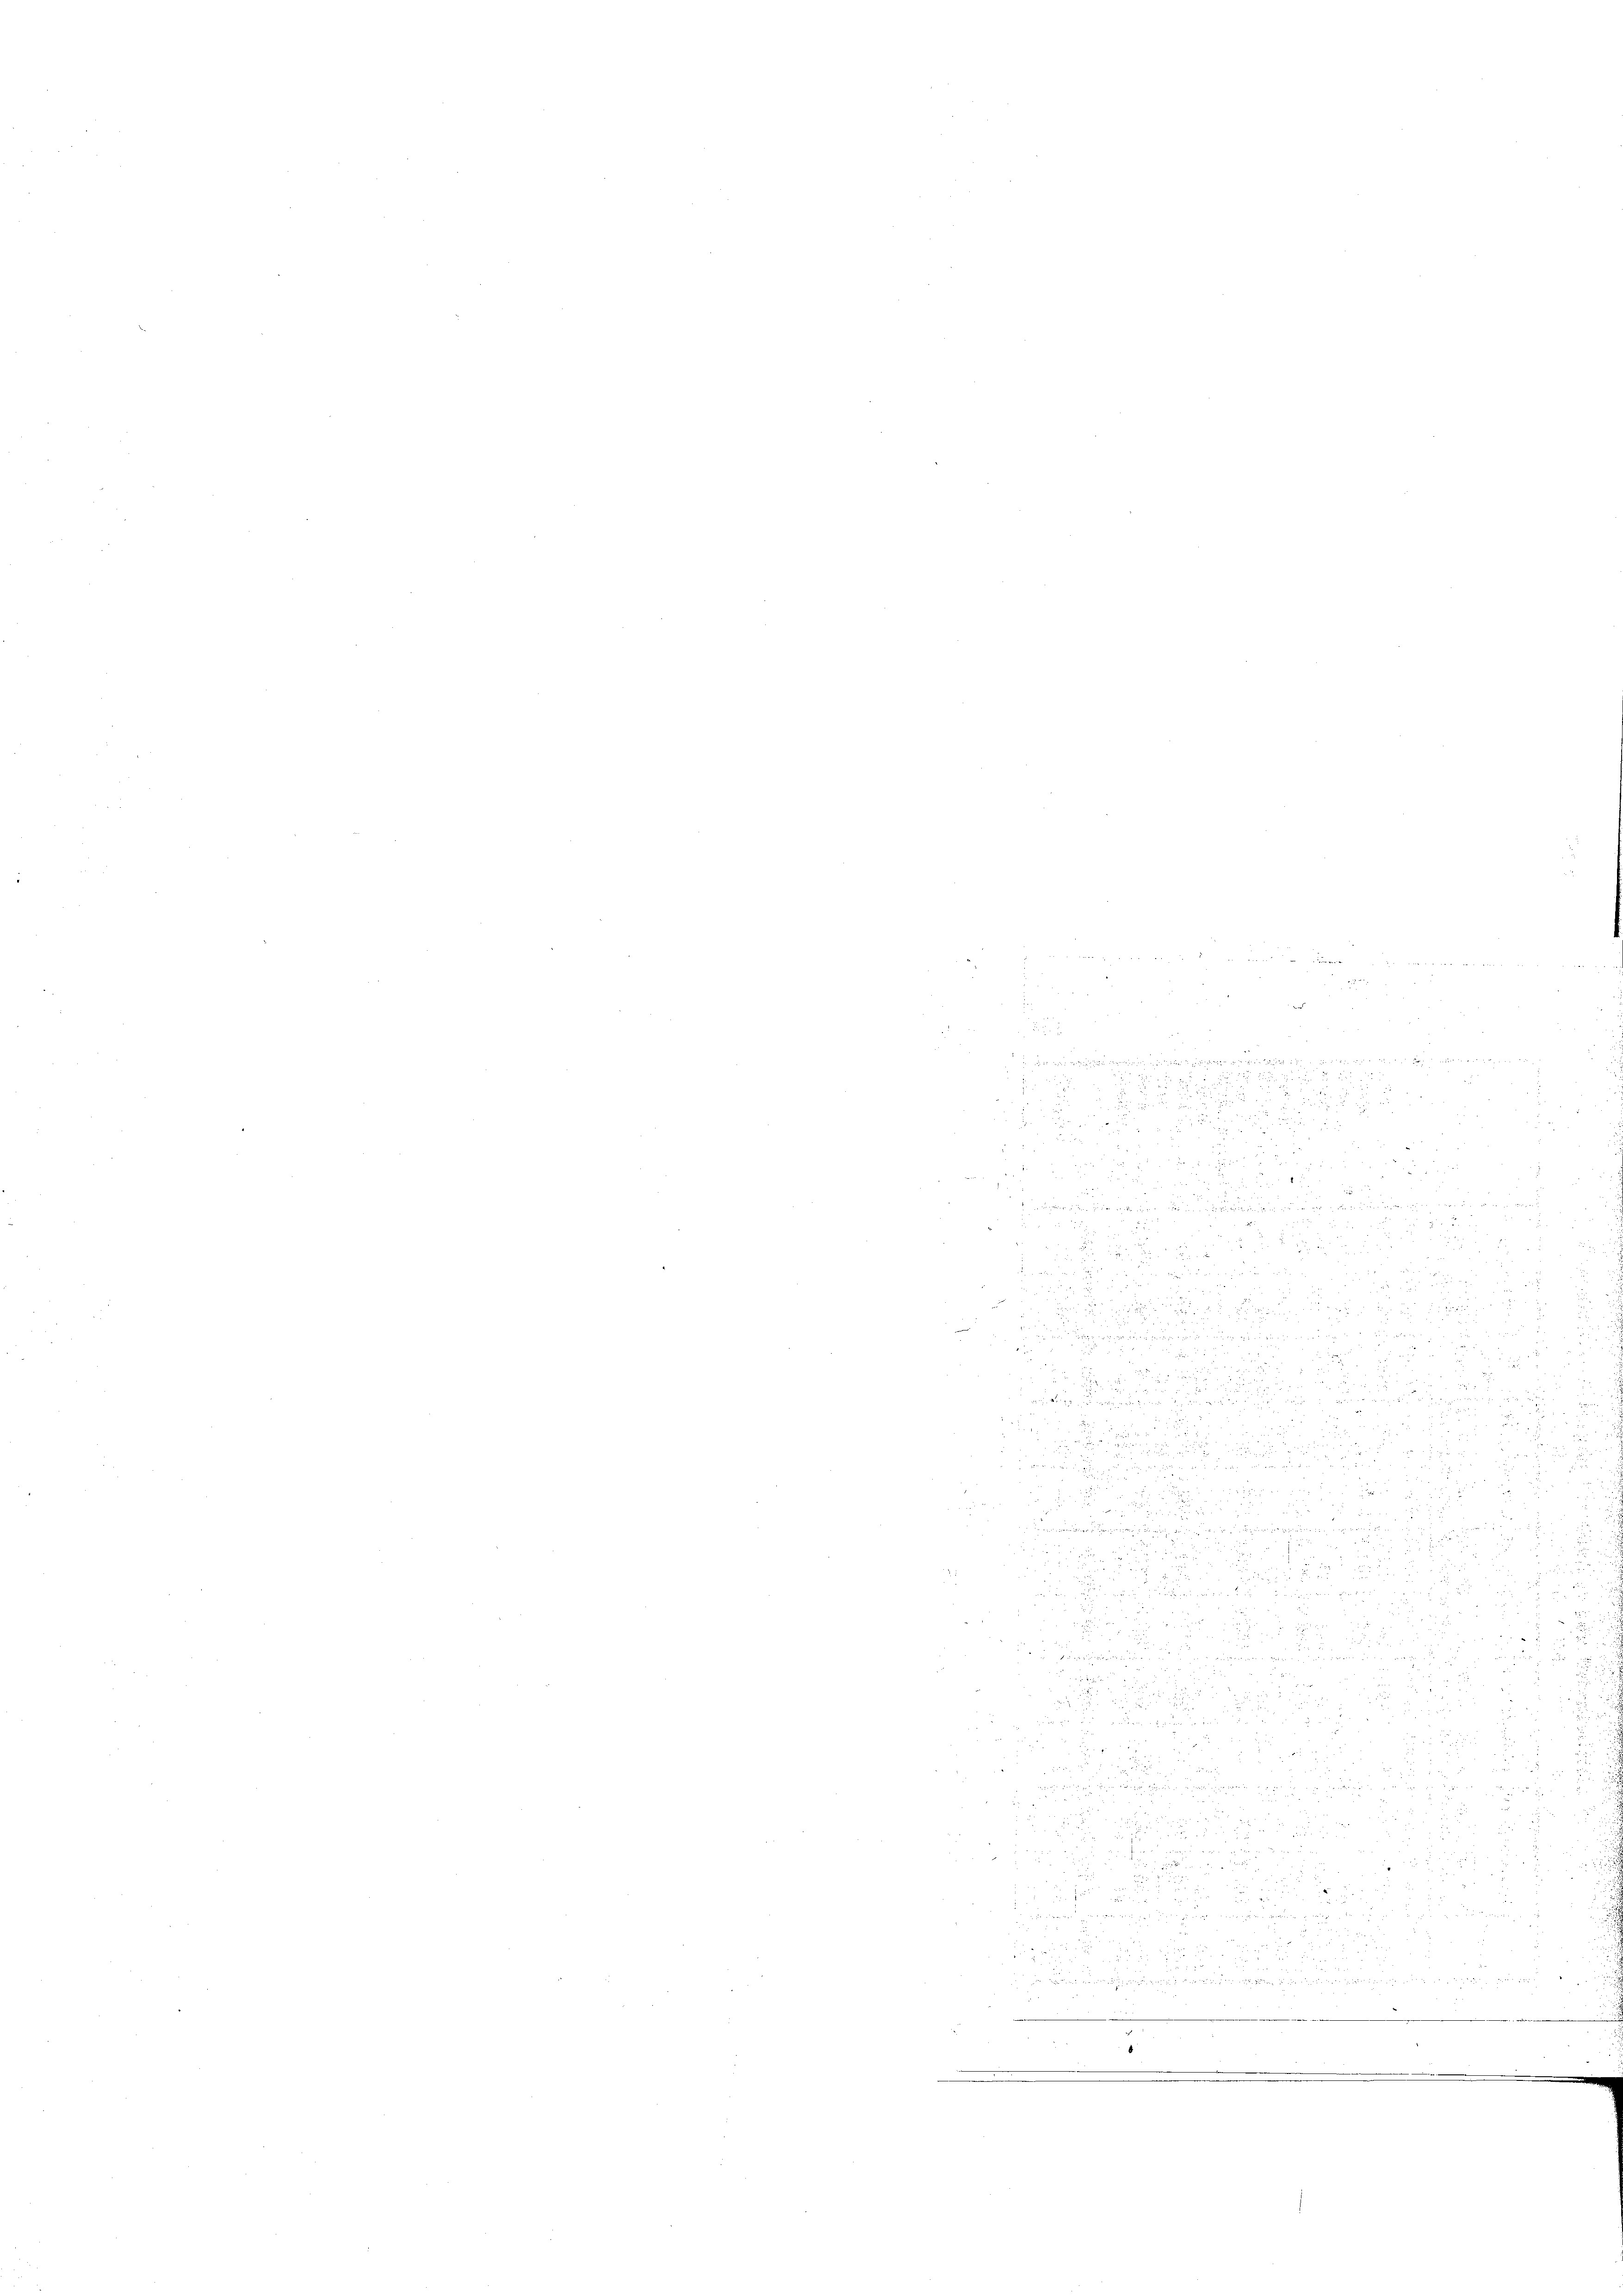
u

1852
 wogen, wegen es war, den u geben u. weiten in der Leben, den unter di
.e

a

e

2

d
2 x

u
2.

i
 8 x
n              4 x
35

5 x

x
5
d

.
i

.
i
u
d
.

8

de in der

d
a
 17
.
0 xx

2128
3

d
¬

 28

u

 53
a

s

5

5

2
58
u
2 8
.

 25
2
1
8 x
.
 x

 xxx
x   ein auch meine und in den d. 10. 10.
2

d. d. 1.
22.
20 f 0 x

u
.
d

 882

i
 u we

2

u

d
2
2

u
 2
   124
 52 x 2

223

 xx
.

u
.
u

n
men
hig
e
e

¬

u

f 28 x
e

 2 x

u
a

.

x